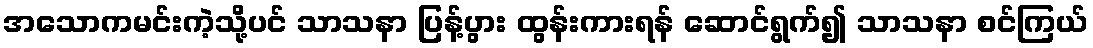
အသောကမင်းကဲ့သို့ပင် သာသနာ ပြန့်ပွား ထွန်းကားရန် ဆောင်ရွက်၍ သာသနာ စင်ကြယ်